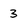
Character: 3